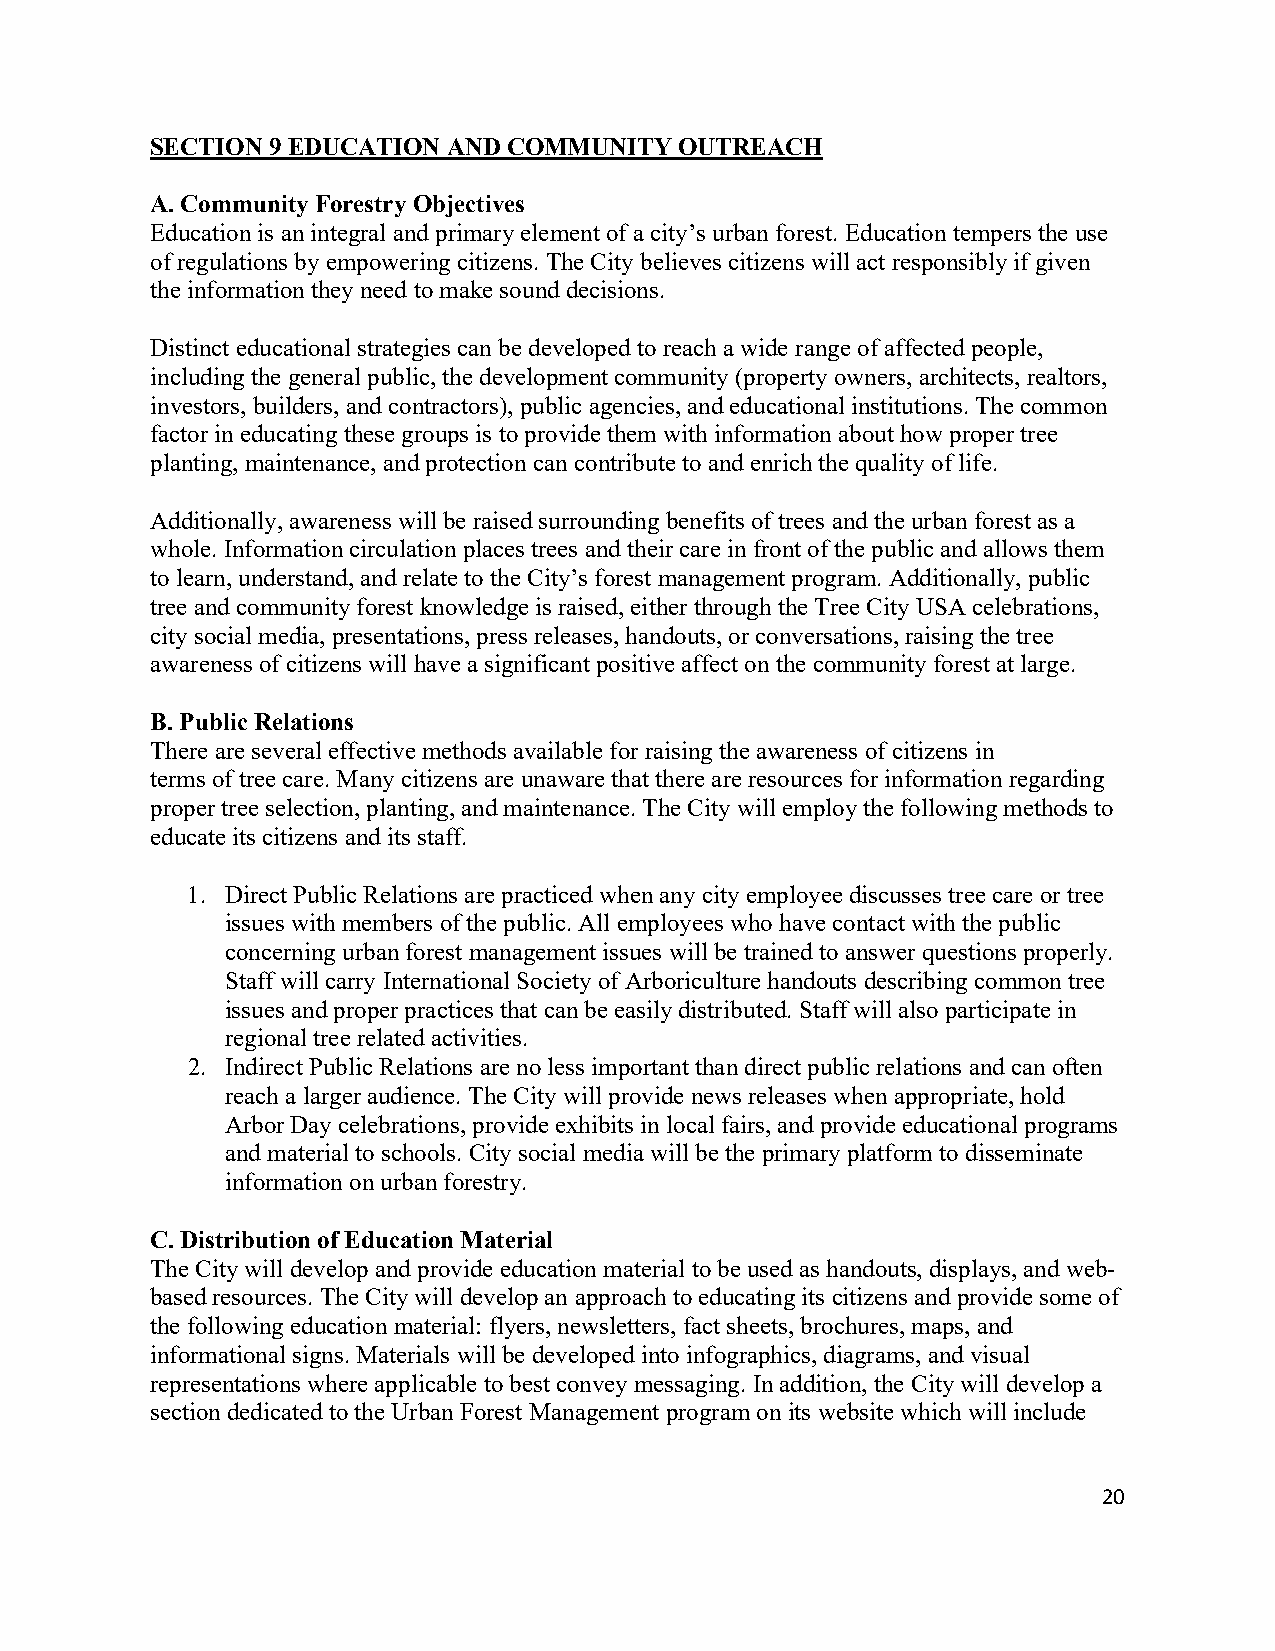
SECTION 9 EDUCATION AND COMMUNITY  OUTREACH
 A. Community Forestry Objectives
 Education is an integral and primary element of a city’s urban forest. Education tempers the use
 of regulations by empowering citizens. The City believes citizens will act responsibly if given
 the information they need to make sound decisions.
 Distinct educational strategies can be developed to reach a wide range of affected people,
 including the general public, the development community (property owners, architects, realtors,
 investors, builders, and contractors), public agencies, and educational institutions. The common
 factor in educating these groups is to provide them with information about how proper tree
 planting, maintenance, and protection can contribute to and enrich the quality of life.
 Additionally, awareness will be raised surrounding benefits of trees and the urban forest as a
 whole. Information circulation places trees and their care in front of the public and allows them
 to learn, understand, and relate to the City’s forest management program. Additionally, public
 tree and community forest knowledge is raised, either through the Tree City USA celebrations,
 city social media, presentations, press releases, handouts, or conversations, raising the tree
 awareness of citizens will have a significant positive affect on the community forest at large.
 B. Public Relations
 There are several effective methods available for raising the awareness of citizens in
 terms of tree care. Many citizens are unaware that there are resources for information regarding
 proper tree selection, planting, and maintenance. The City will employ the following methods to
 educate its citizens and its staff.
 1. Direct Public Relations are practiced when any city employee discusses tree care or tree
 issues with members of the public. All employees who have contact with the public
 concerning urban forest management issues will be trained to answer questions properly.
 Staff will carry International Society of Arboriculture handouts describing common tree
 issues and proper practices that can be easily distributed. Staff will also participate in
 regional tree related activities.
 2. Indirect Public Relations are no less important than direct public relations and can often
 reach a larger audience. The City will provide news releases when appropriate, hold
 Arbor Day celebrations, provide exhibits in local fairs, and provide educational programs
 and material to schools. City social media will be the primary platform to disseminate
 information on urban forestry.
 C. Distribution of Education Material
 The City will develop and provide education material to be used as handouts, displays, and web-
 based resources. The City will develop an approach to educating its citizens and provide some of
 the following education material: flyers, newsletters, fact sheets, brochures, maps, and
 informational signs. Materials will be developed into infographics, diagrams, and visual
 representations where applicable to best convey messaging. In addition, the City will develop a
 section dedicated to the Urban Forest Management program on its website which will include
 20